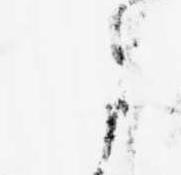
に